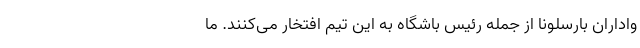
واداران بارسلونا از جمله رئیس باشگاه به این تیم افتخار می‌کنند. ما